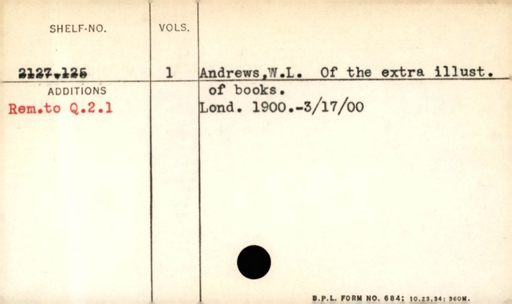
Label: content